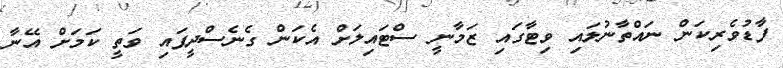
ފާޑުވެރިކަން ނައްތާނުލައި ވިޓާގައި ޒަމާނީ ސްޓައިލަށް އެކަން ގެނެސްދީފައި ވަތީ ކަމަށް އޭނާ